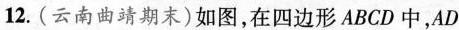
12.(云南曲靖期末)如图，在四边形ABCD中，AD